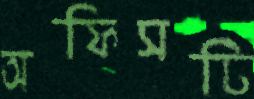
অফিসটি